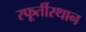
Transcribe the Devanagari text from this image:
स्फूर्तीस्थान